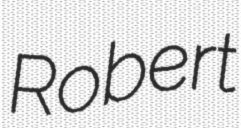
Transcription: Robert